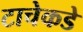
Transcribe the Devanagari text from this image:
टाचेकडे